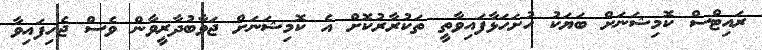
ރައިޓްސް ކޮމިޝަނަށް ބަޔަކު ހުށަހަޅާފައިވާތީ ތަކުރާރުކޮށް އެ ކޮމިޝަނަށް ޖަވާބުދާރީވާން ވެސް ޖެހިފައިވާ